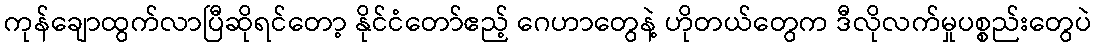
ကုန်ချောထွက်လာပြီဆိုရင်တော့ နိုင်ငံတော်ဧည့် ဂေဟာတွေနဲ့ ဟိုတယ်တွေက ဒီလိုလက်မှုပစ္စည်းတွေပဲ